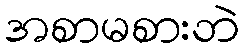
အစာမစားဘဲ